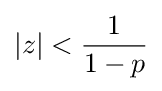
|z|<{\frac {1}{1-p}}